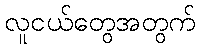
လူငယ်တွေအတွက်